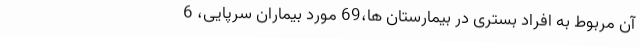
آن مربوط به افراد بستری در بیمارستان ها،69 مورد بیماران سرپایی، 6